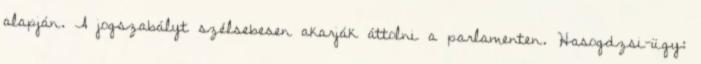
alapján. A jogszabályt szélsebesen akarják áttolni a parlamenten. Hasogdzsi-ügy: